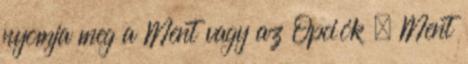
nyomja meg a Ment vagy az Opciók → Ment